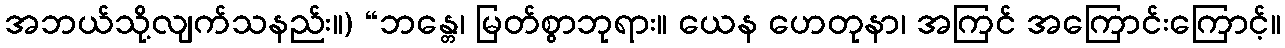
အဘယ်သို့လျက်သနည်း။) “ဘန္တေ၊ မြတ်စွာဘုရား။ ယေန ဟေတုနာ၊ အကြင် အကြောင်းကြောင့်။